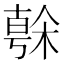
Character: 𣘒